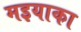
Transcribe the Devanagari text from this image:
मइयाका